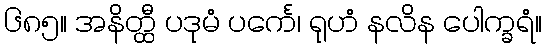
၆၈၅။ အနိတ္ထီ ပဒုမံ ပင်္ကေ၊ ရုဟံ နလိန ပေါက္ခရံ။